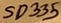
Text: SD335